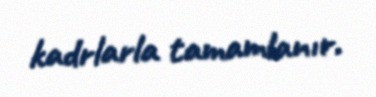
kadrlarla tamamlanır.